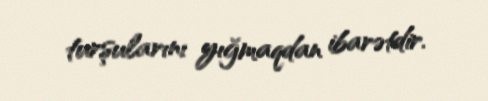
turşularını yığmaqdan ibarətdir.